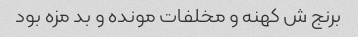
برنج ش کهنه و مخلفات مونده و بد مزه بود